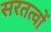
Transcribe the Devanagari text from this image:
सरतत्वों